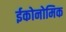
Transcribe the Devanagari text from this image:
ईकोनोमिक